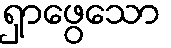
ရှာဖွေသော